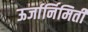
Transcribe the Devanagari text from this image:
ऊर्जार्निमिती